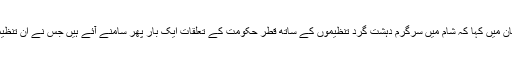
شام کی وزارت خارجہ نے ایک بیان میں کہا کہ شام میں سرگرم دہشت گرد تنظیموں کے ساتھ قطر حکومت کے تعلقات ایک بار پھر سامنے آئے ہیں جس نے ان تنظیموں کی ہر طرح سے مدد کی ہے۔